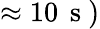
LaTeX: \approx 10\, \mathrm{~s~})